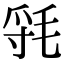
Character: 㲕